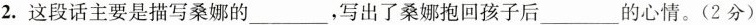
2.这段话主要是描写桑娜的___，写出了桑娜抱回孩子后___的心情。(2分)